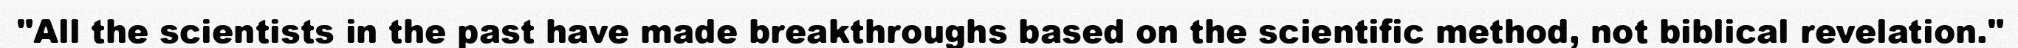
"All the scientists in the past have made breakthroughs based on the scientific method, not biblical revelation."